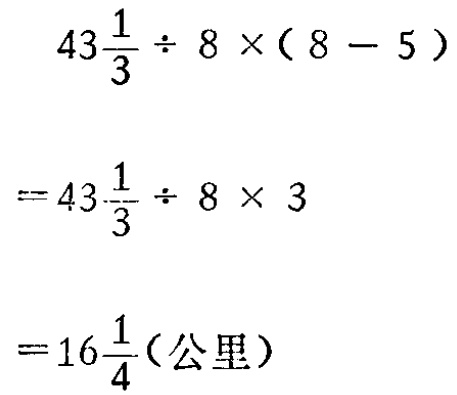
\[

\begin{align*}

&43\frac{1}{3} \div 8\times(8 - 5)\\

=&43\frac{1}{3} \div 8\times 3\\

=&16\frac{1}{4}(\text{公里})

\end{align*}

\]